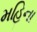
મહિના